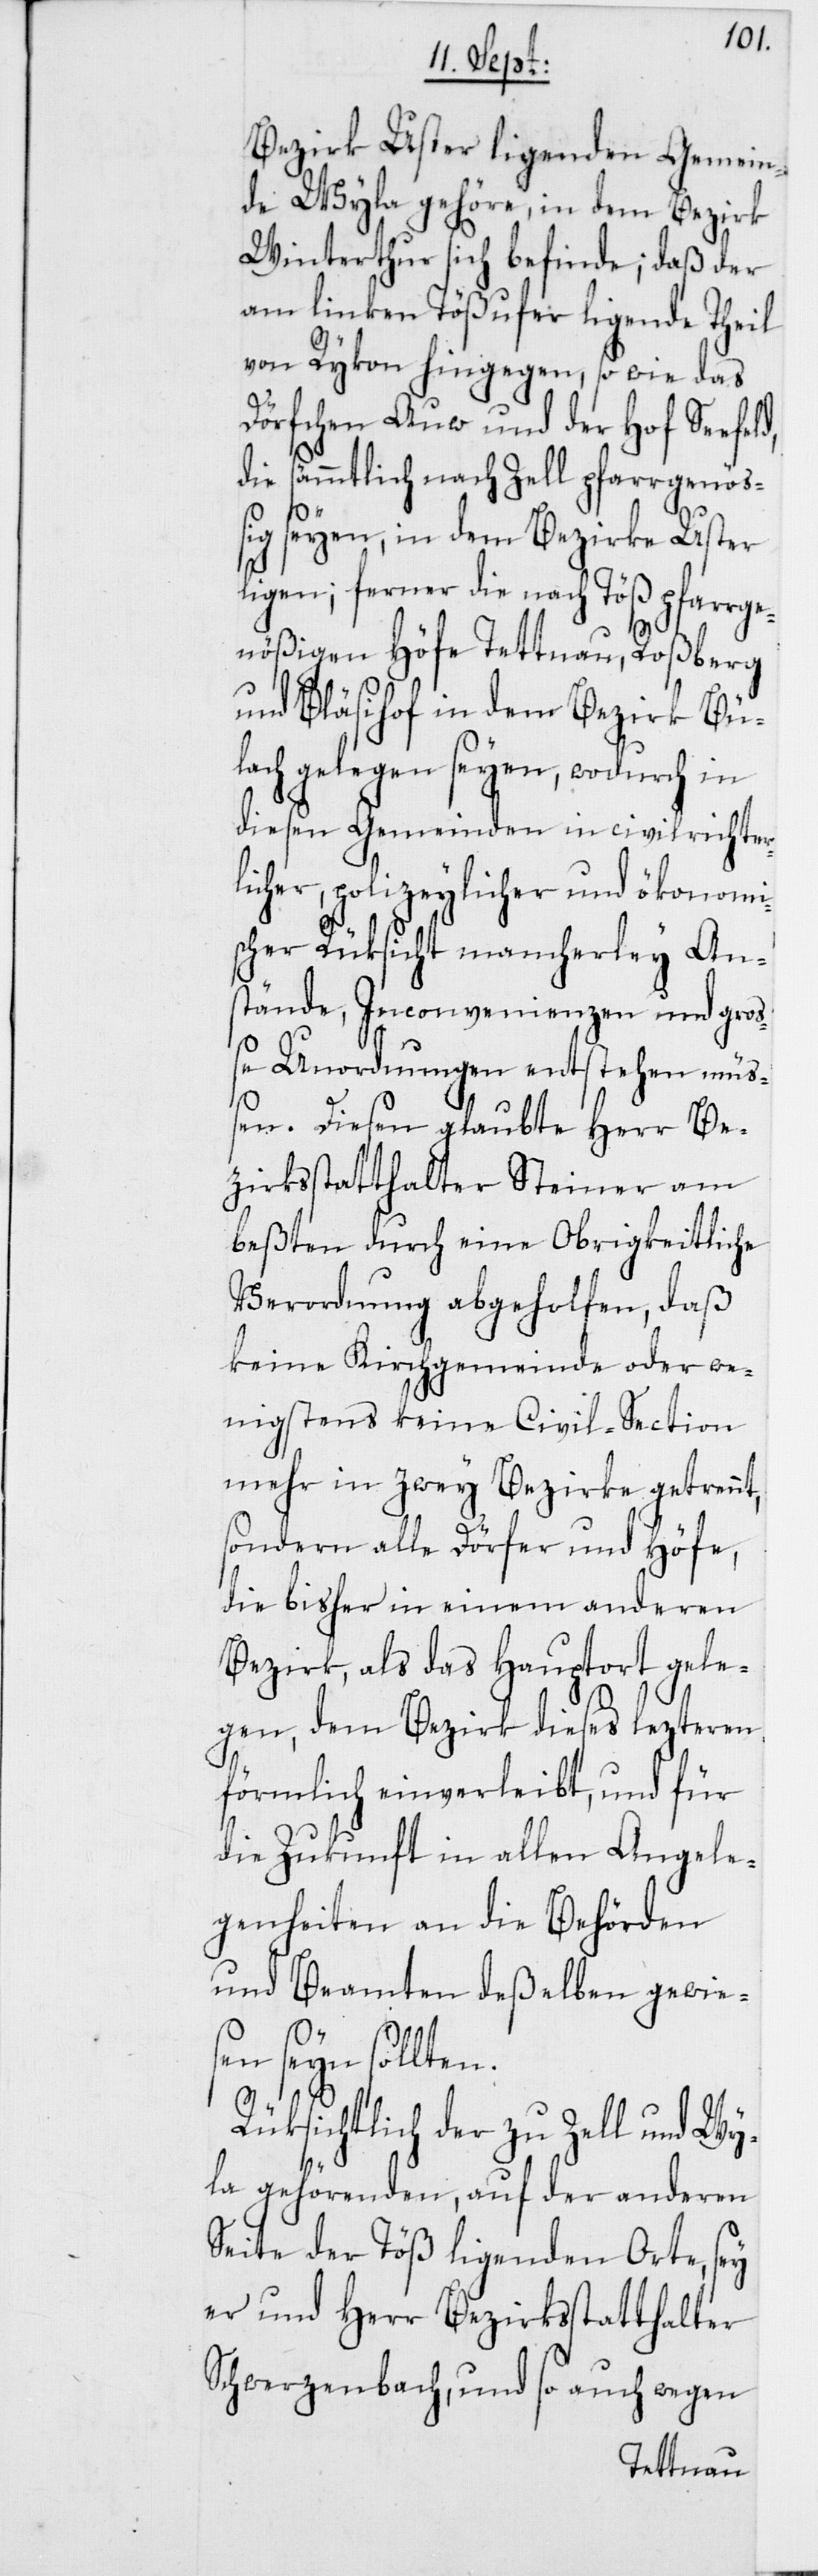
Bezirk Uster liegenden Gemein¬
de Wyla gehöre, in dem Bezirk
Winterthur sich befinde; daß der
am linken Tößufer liegende Theil
von Rykon hingegen, so wie das
Dörfchen Auw und der Hof Seefeld,
die sämmtlich nach Zell pfarrgenöß¬
ig seyen; in dem Bezirke Uster
liegen; ferner die nach Töß pfarrge¬
nößigen Höfe Tettnau, Roßberg
und Bläsihof in dem Bezirk Bü¬
lach gelegen seyen, wodurch in
diesen Gemeinden in civilrichter¬
licher, polizeylicher und ökonomi¬
scher Rüksicht mancherley An¬
stände, Inconvenienzen und gro¬
ße Unordnungen entstehen müß¬
en. Diesen glaubte Herr Be¬
zirksstatthalter Steiner am
beßten durch eine Obrigkeitliche
Verordnung abgeholfen, daß
keine Kirchgemeinde oder we¬
nigstens keine Civil-Section
mehr in zwey Bezirke getrennt,
sondern alle Dörfer und Höfe,
die bisher in einem anderen
Bezirk, als das Hauptort gele¬
gen, den Bezirk dieses lezteren
förmlich einverleibt, und für
die Zukunft in allen Angele¬
genheiten an die Behörden
und Beamten deßelben gewie¬
sen seyn sollten.
Rüksichtlich der zu Zell und Wy¬
la gehörenden, auf der anderen
Seite der Töß ligenden Orte, sey
er und Herr Bezirksstatthalter
Schwerzenbach, und so auch wegen